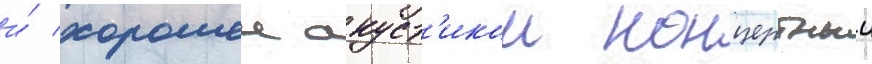
и́ хорошеи акуст'икои концертныи